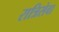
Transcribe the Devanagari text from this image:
रात्रिसेवा